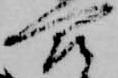
合